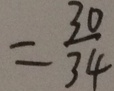
= \frac { 3 0 } { 3 4 }